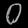
Digit: ၀